Vaccination in Bombay 1863-1868 - 1863-1868
Year: 1863
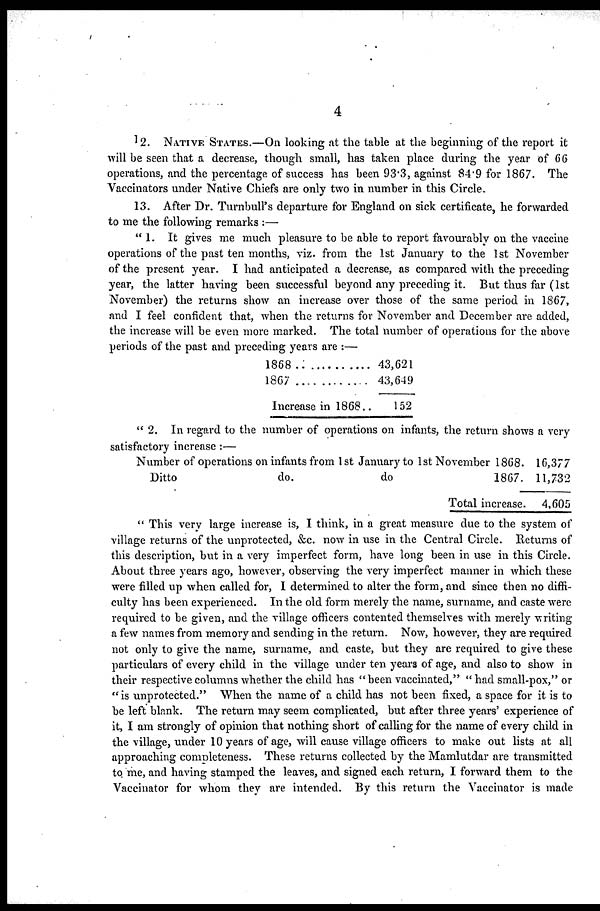
4
12. NATIVE STATES.—On looking at the table at the beginning of the report it
will be seen that a decrease, though small, has taken place during the year of 66
operations, and the percentage of success has been 93.3, against 84.9 for 1867. The
Vaccinators under Native Chiefs are only two in number in this Circle.
13. After Dr. Turnbull's departure for England on sick certificate, he forwarded
to me the following remarks :—
"1. It gives me much pleasure to be able to report favourably on the vaccine
operations of the past ten months, viz. from the 1st January to the 1st November
of the present year. I had anticipated a decrease, as compared with the preceding
year, the latter having been successful beyond any preceding it. But thus far (1st
November) the returns show an increase over those of the same period in 1867,
and I feel confident that, when the returns for November and December are added,
the increase will be even more marked. The total number of operations for the above
periods of the past and preceding years are :—
1868 .:
1867
Increase in 1868..
43,621
43,649
152
" 2. In regard to the number of operations on infants, the return shows a very
satisfactory increase :—
Number of operations on infants from 1st January to 1st November 1868.
Ditto
do.
do
1867.
Total increase.
16,377
11,732
4,605
" This very large increase is, I think, in a great measure due to the system of
village returns of the unprotected, &c. now in use in the Central Circle. Returns of
this description, but in a very imperfect form, have long been in use in this Circle.
About three years ago, however, observing the very imperfect manner in which these
were filled up when called for, I determined to alter the form, and since then no diffi-
culty has been experienced. In the old form merely the name, surname, and caste were
required to be given, and the village officers contented themselves with merely writing
a few names from memory and sending in the return. Now, however, they are required
not only to give the name, surname, and caste, but they are required to give these
particulars of every child in the village under ten years of age, and also to show in
their respective columns whether the child has "been vaccinated," " had small-pox," or
" is unprotected." When the name of a child has not been fixed, a space for it is to
be left blank. The return may seem complicated, but after three years' experience of
it, I am strongly of opinion that nothing short of calling for the name of every child in
the village, under 10 years of age, will cause village officers to make out lists at all
approaching completeness. These returns collected by the Mamlutdar are transmitted
to me, and having stamped the leaves, and signed each return, I forward them to the
Vaccinator for whom they are intended. By this return the Vaccinator is made